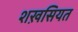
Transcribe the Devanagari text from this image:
शख़सियत